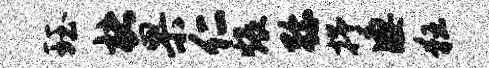
珏楮果仁煨弥抒凄狂